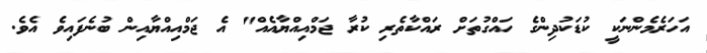
އަހަރެމެންނަކީ ކުޑަކުދިންގެ ހައްގުތަށް ރައްކާތެރި ކުރާ ޖަމްއިއްޔާއެއް" އެ ޖަމްއިއްޔާއިން ބުނެފައިވެ އެވެ.